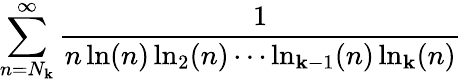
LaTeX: \sum_{n=N_{\mathbf{k}}}^{\infty}{\frac{{1}}{{n\ln(n)\ln_{2}(n)\cdots\ln_{\mathbf{k}-1}(n)\ln_{\mathbf{k}}(n)}}}